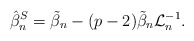
\begin{align*}\hat{\beta}_n^{S}=\tilde{\beta}_n -(p-2)\tilde{\beta}_n \mathcal{L}_n^{-1}.\end{align*}